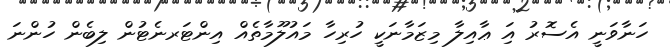
ހަނާވަނީ އެސޮރު އަި ޢާއިލާ މިޒަމާނަކީ ހުރިހާ މައުލޫމާތެއް އިންޓަރނެޓުން ލިބެން ހުންނަ